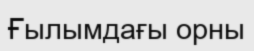
Ғылымдағы орны